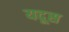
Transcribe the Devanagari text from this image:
यदूस